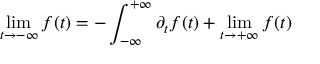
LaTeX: \operatorname * { l i m } _ { t \rightarrow - \infty } f ( t ) = - \int _ { - \infty } ^ { + \infty } \partial _ { t } f ( t ) \d t + \operatorname * { l i m } _ { t \rightarrow + \infty } f ( t )